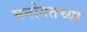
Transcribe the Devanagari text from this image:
मनोगतच्या